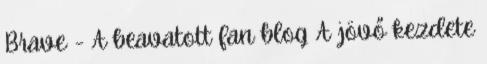
Brave - A beavatott fan blog A jövő kezdete